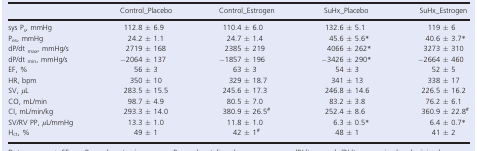
|  | Control_Placebo | Control_Estrogen | SuHx_Placebo | SuHx_Estrogen |
 | --- | --- | --- | --- | --- |
 | sys Ps, mmHg | 112.8 ± 6.9 | 110.4 ± 6.0 | 132.6 ± 5.1 | 119 ± 6 |
 | Pes, mmHg | 24.2 ± 1.1 | 24.7 ± 1.4 | 45.6 ± 5.6a | 40.6 ± 3.7a |
 | dP/dt max, mmHg/s | 2719 ± 168 | 2385 ± 219 | 4066 ± 262a | 3273 ± 310 |
 | dP/dt min, mmHg/s | −2064 ± 137 | −1857 ± 196 | −3426 ± 290a | −2664 ± 460 |
 | EF, % | 56 ± 3 | 63 ± 3 | 54 ± 3 | 52 ± 5 |
 | HR, bpm | 350 ± 10 | 329 ± 18.7 | 341 ± 13 | 338 ± 17 |
 | SV, μL | 283.5 ± 15.5 | 245.6 ± 17.3 | 246.8 ± 14.6 | 226.5 ± 16.2 |
 | CO, mL/min | 98.7 ± 4.9 | 80.5 ± 7.0 | 83.2 ± 3.8 | 76.2 ± 6.1 |
 | CI, mL/min/kg | 293.3 ± 14.0 | 380.9 ± 26.5b | 252.4 ± 8.6 | 360.9 ± 22.8b |
 | SV/RV PP, μL/mmHg | 13.3 ± 1.0 | 11.8 ± 1.0 | 6.3 ± 0.5a | 6.4 ± 0.7a |
 | Hct, % | 49 ± 1 | 42 ± 1b | 48 ± 1 | 41 ± 2 |